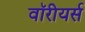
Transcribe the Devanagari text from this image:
वॉरीयर्स